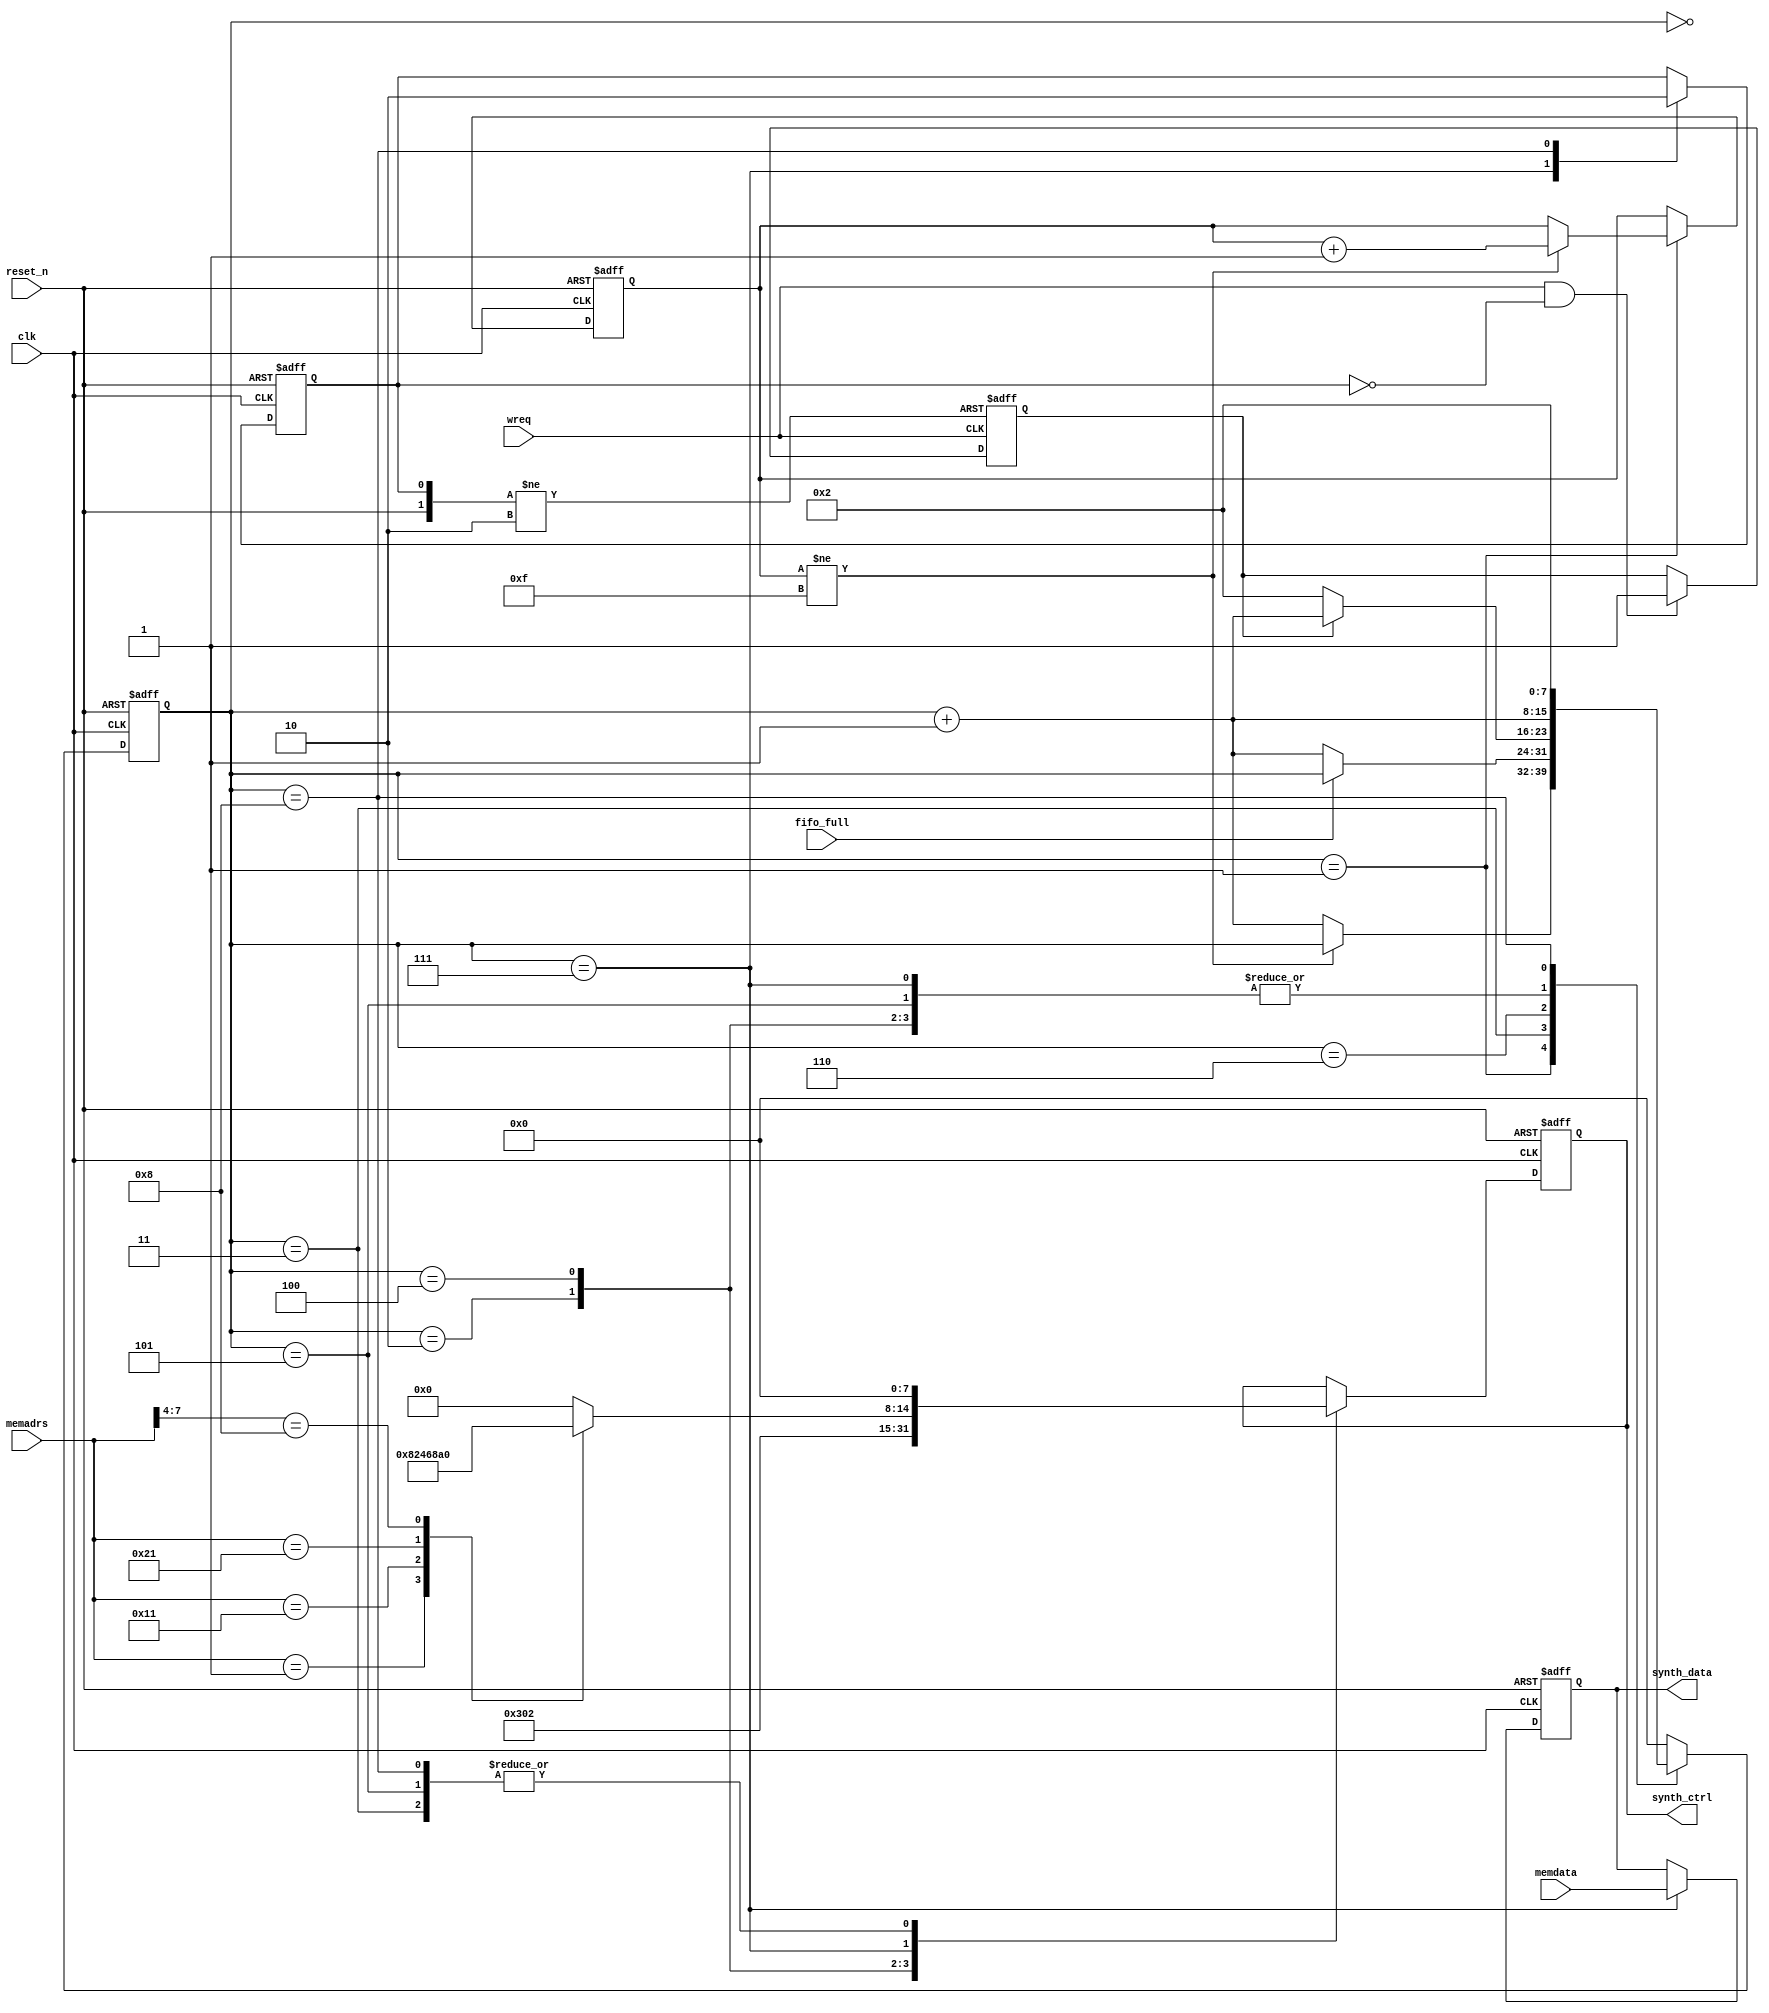
module  synth_arb (
  clk,
  reset_n, 
  memadrs, 
  memdata, 
  wreq, 
  synth_ctrl,
  synth_data,
  fifo_full);
  
  input   wire        clk, reset_n, wreq, fifo_full;
  input   wire  [7:0] memadrs, memdata;
  output  reg   [7:0] synth_ctrl, synth_data;
  
          reg   [7:0] state_reg;
          reg   [3:0] wait_cnt;
          reg         wreq_inter, w_done;
          
  always @(posedge wreq, posedge w_done, negedge reset_n)
  begin
    if(reset_n == 0) wreq_inter <= 0;
    else if(w_done == 1) wreq_inter <= 0;
    else if(wreq == 1 && w_done != 1) wreq_inter <= 1;
  end
          
  always @(posedge clk, negedge reset_n)
  begin
    if(!reset_n)
    begin
      state_reg <= 0;
      synth_ctrl <= 0;
      synth_data <= 0;
      wait_cnt <= 0;
      w_done <= 0;
    end
    else
    begin
      case(state_reg)
        8'D0    : state_reg <= state_reg + 1;
                                                                          //recovery reset while 16count
        8'D1    : begin
                    if(wait_cnt != 4'b1111) wait_cnt <= wait_cnt + 1;
                    else  state_reg <= state_reg + 1;
                  end
                                                                          //step phase, operator 1
        8'D2    : begin
                    state_reg <= state_reg + 1;
                    synth_ctrl <= 8'b00000001;
                  end
                                                                          //fifo full check, operator stall
        8'D3    : begin
                    synth_ctrl <= 8'b00000000;
                    if(fifo_full != 1) state_reg <= state_reg + 1;
                    else state_reg <= state_reg; 
                  end
                                                                          //write req to fifo, operator 1
        8'D4    : begin
                    state_reg <= state_reg + 1;
                    synth_ctrl <= 8'b10000001;
                  end
                                                                          //write wait
        8'D5    : begin
                    state_reg <= state_reg + 1;
                    synth_ctrl <= 8'b00000000;
                  end
                                                                          //jump to state 2 if write strobe is not active
        8'D6    : begin
                    if(wreq_inter == 1) state_reg <= state_reg + 1;
                    else state_reg <= 2;
                  end
                                                                          //get recieve data and command, write data
        8'D7    : begin
                    synth_data <= memdata;
                    synth_ctrl <= d2ctrl_synth(memadrs);
                    state_reg <= state_reg + 1;
                    w_done <= 1;
                  end
                                                                          //finishing write data
        8'D8    : begin
                    state_reg <= 2;
                    synth_ctrl <= 8'b00000000;
                    w_done <= 0;
                  end
                 
        default : state_reg <= 0;     
      endcase
    end
  end
  
  function  [7:0] d2ctrl_synth;
    input [7:0] adrs;
    begin
      casex(adrs)
        8'b00000001 : d2ctrl_synth = 8'b01000001;                 
        8'b00010001 : d2ctrl_synth = 8'b00010001;
        8'b00100001 : d2ctrl_synth = 8'b01010001;
        8'b1000xxxx : d2ctrl_synth = 8'b00100000;
        default     : d2ctrl_synth = 0;
      endcase
    end
  endfunction
  
endmodule